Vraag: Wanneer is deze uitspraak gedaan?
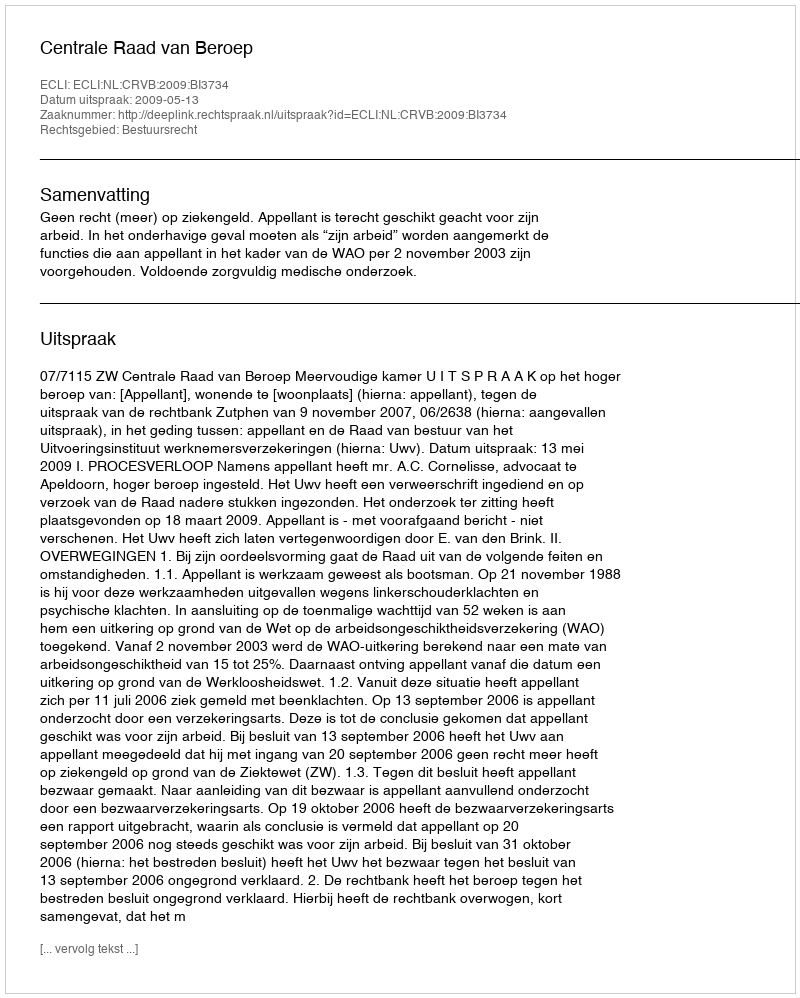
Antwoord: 2009-05-13